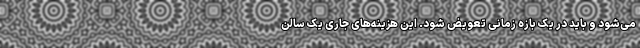
می‌شود و باید در یک بازه زمانی تعویض شود. این هزینه‌های جاری یک سالن